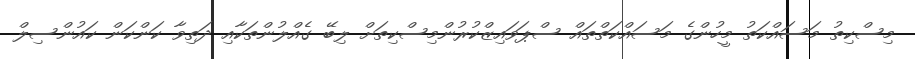
މިސްކިތު މަސައްކަތު މީހުންގެ މަސައްކަތްތައް ސްޕަވައިޒްކުރުންމިސްކިތަށް ލިބޭ ގެއްލުންތަކާއި ދަތިވާ ކަންކަން ކައުންސިލް